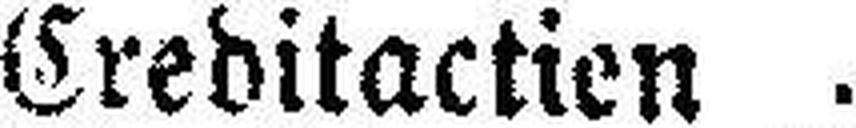
Creditactien